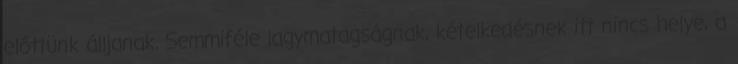
előttünk álljanak. Semmiféle lagymatagságnak, kételkedésnek itt nincs helye, a